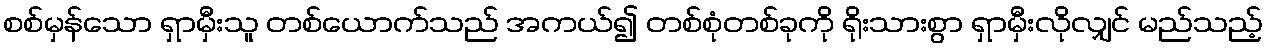
စစ်မှန်သော ရှာမှီးသူ တစ်ယောက်သည် အကယ်၍ တစ်စုံတစ်ခုကို ရိုးသားစွာ ရှာမှီးလိုလျှင် မည်သည့်